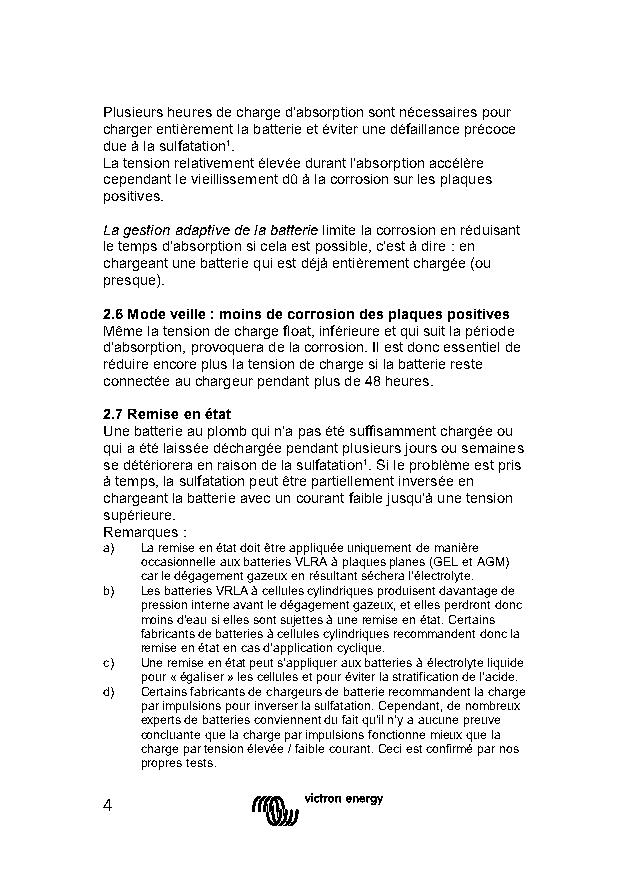
Plusieurs heures de charge d'absorption sont nécessaires pour
 charger entièrement la batterie et éviter une défaillance précoce
 due à la sulfatation¹.
 La tension relativement élevée durant l'absorption accélère
 cependant le vieillissement dû à la corrosion sur les plaques
 positives.
 La gestion adaptive de la batterie limite la corrosion en réduisant
 le temps d'absorption si cela est possible, c'est à dire : en
 chargeant une batterie qui est déjà entièrement chargée (ou
 presque).
 2.6 Mode veille : moins de corrosion des plaques positives
 Même la tension de charge float, inférieure et qui suit la période
 d'absorption, provoquera de la corrosion. Il est donc essentiel de
 réduire encore plus la tension de charge si la batterie reste
 connectée au chargeur pendant plus de 48 heures.
 2.7 Remise en état
 Une batterie au plomb qui n'a pas été suffisamment chargée ou
 qui a été laissée déchargée pendant plusieurs jours ou semaines
 se détériorera en raison de la sulfatation¹. Si le problème est pris
 à temps, la sulfatation peut être partiellement inversée en
 chargeant la batterie avec un courant faible jusqu'à une tension
 supérieure.
 Remarques :
 a) La remise en état doit être appliquée uniquement de manière
 occasionnelle aux batteries VLRA à plaques planes (GEL et AGM)
 car le dégagement gazeux en résultant séchera l'électrolyte.
 b) Les batteries VRLA à cellules cylindriques produisent davantage de
 pression interne avant le dégagement gazeux, et elles perdront donc
 moins d'eau si elles sont sujettes à une remise en état. Certains
 fabricants de batteries à cellules cylindriques recommandent donc la
 remise en état en cas d'application cyclique.
 c) Une remise en état peut s'appliquer aux batteries à électrolyte liquide
 pour « égaliser » les cellules et pour éviter la stratification de l'acide.
 d) Certains fabricants de chargeurs de batterie recommandent la charge
 par impulsions pour inverser la sulfatation. Cependant, de nombreux
 experts de batteries conviennent du fait qu'il n'y a aucune preuve
 concluante que la charge par impulsions fonctionne mieux que la
 charge par tension élevée / faible courant. Ceci est confirmé par nos
 propres tests.
 4